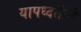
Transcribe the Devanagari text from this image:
यापध्दतीने